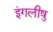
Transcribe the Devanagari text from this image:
इंगलीषु